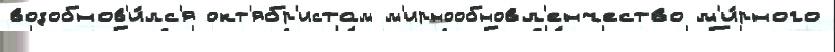
возобнов'и́лс'я окт'ябр'истам м'ирнообновл'енчество м'и́рного